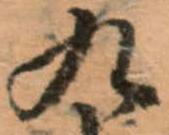
九